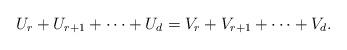
LaTeX: \begin{align*} U_r + U_{r+1} + \cdots + U_d = V_r + V_{r+1} + \cdots + V_d.\end{align*}